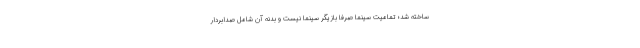
ساخته شد؛ تمامیت سینما صرفا بازیگر سینما نیست و بدنه آن شامل صدابردار